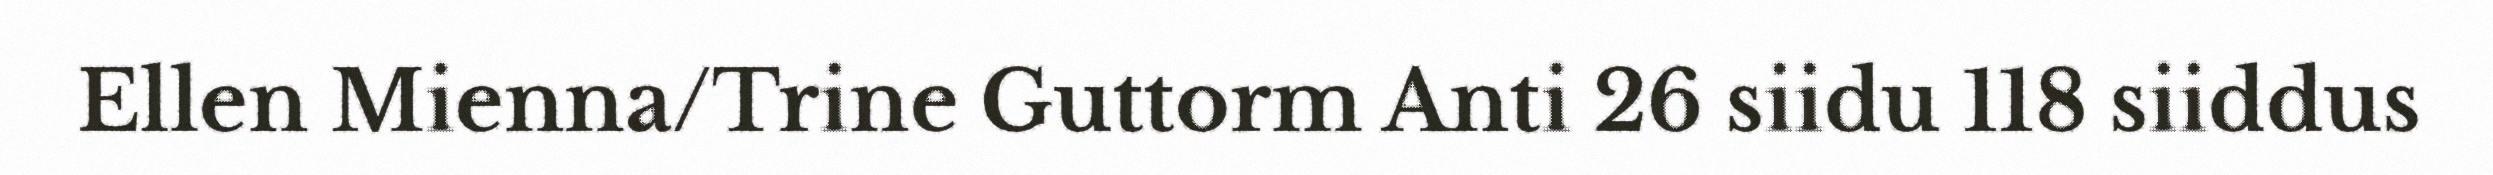
Ellen Mienna/Trine Guttorm Anti 26 siidu 118 siiddus